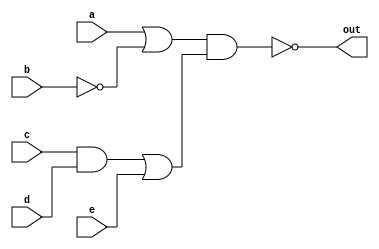
// Verilog code for F3
module f3 (a, b, c, d, e, out);

input a, b, c, d, e;
output out;
assign out = ~((a | ~b) & ((c & d) | e));

endmodule